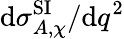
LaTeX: \mathrm{d}\sigma_{A,\chi}^{\mathrm{SI}}/\mathrm{d}q^{2}